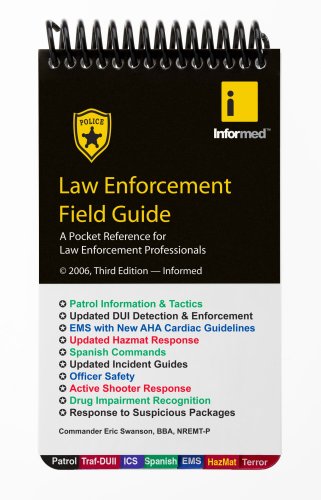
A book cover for Law Enforcement Field Guide; Informed; Law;